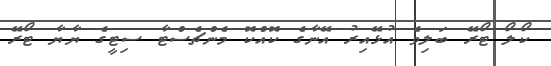
ކޯލޯ ޓޯރޭ ބަލިވެ އުޅޭއިރު އޭނާގެ ކޮއްކޮ މެންޗެސްޓާ ސިޓީގެ ޔާޔާ ޓޯރޭ